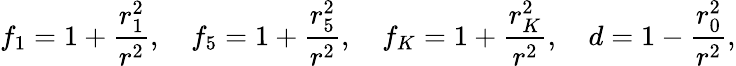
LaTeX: f_{1}=1+{\frac{r_{1}^{2}}{r^{2}}},~~~~f_{5}=1+{\frac{r_{5}^{2}}{r^{2}}},~~~~f_{K}=1+{\frac{r_{K}^{2}}{r^{2}}},~~~~d=1-{\frac{r_{0}^{2}}{r^{2}}},